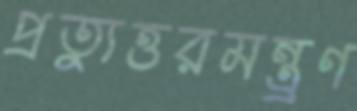
প্রত্যুত্তরমন্ত্র্রণ